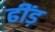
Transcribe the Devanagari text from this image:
ढींड़